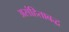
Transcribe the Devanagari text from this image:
असंहिताबद्ध